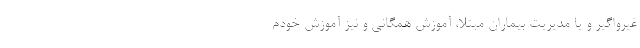
غیرواگیر و یا مدیریت بیماران مبتلا، آموزش همگانی و نیز آموزش خودم